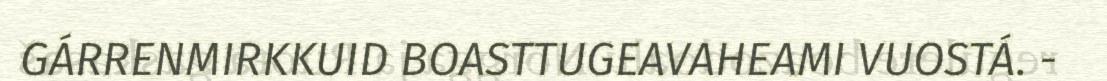
GÁRRENMIRKKUID BOASTTUGEAVAHEAMI VUOSTÁ. -